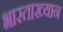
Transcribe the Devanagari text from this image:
भारताख्यान